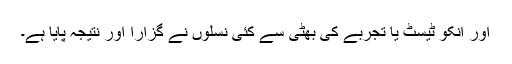
اور انکو ٹیسٹ یا تجربے کی بھٹی سے کئی نسلوں نے گزارا اور نتیجہ پایا ہے۔